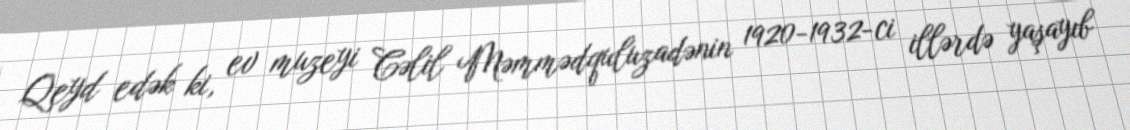
Qeyd edək ki, ev muzeyi Cəlil Məmmədquluzadənin 1920-1932-ci illərdə yaşayıb